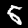
Label: 5